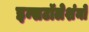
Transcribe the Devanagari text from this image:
इन्सटॉलेशंनों